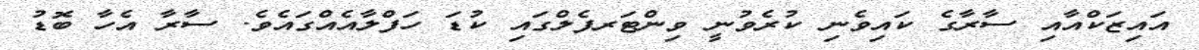
އައިޒަކްއާއި ސާރާގެ ކައިވެނި ކުރެވުނީ ވިންޓަރފެލްގައި ކުޑަ ހަފްލާއެއްގައެވެ. ސާރާ އެހާ ބޮޑު